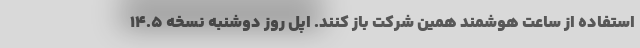
استفاده از ساعت هوشمند همین شرکت باز کنند. اپل روز دوشنبه نسخه ۱۴.۵